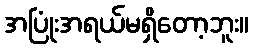
အပြုံးအရယ်မရှိတော့ဘူး။